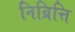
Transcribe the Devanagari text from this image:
निव्रित्ति